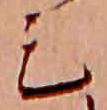
ミ